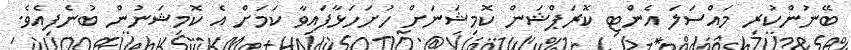
ބޭނުންކުރި މައްސަލަ އެންޓި ކޮރަޕްޝަން ކޮމިޝަނަށް ހުށަހަޅާފައިވާ ކަމަށް އެ ކޮމިޝަނުން ބުނެފިއެވެ.